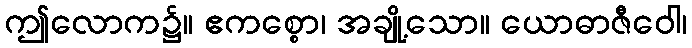
ဤလောက၌။ ဧကစ္စော၊ အချို့သော။ ယောဓာဇီဝေါ၊